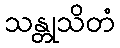
သန္တုသိတံ